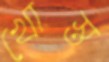
খোস্ত